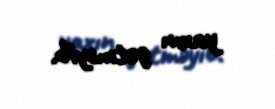
yaxın getməyib.